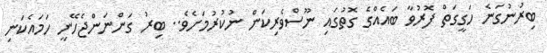
ބިރުނުގަނެ ހަގީގަތް ފޮރުވާ ބައެއްގެ ގޮތުގައި ނޫސްވެރިކަން ނުކުރުމަށެވެ.. ބިރު ގަންނަންޖެހޭނީ ހަމައެކަނި